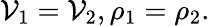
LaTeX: \mathcal{V}_{1}=\mathcal{V}_{2},\rho_{1}=\rho_{2}.